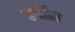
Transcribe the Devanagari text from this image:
वर्घीस